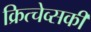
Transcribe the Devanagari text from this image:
क्रित्चेव्सकी